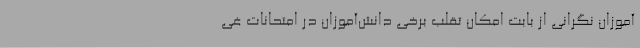
‌آموزان نگرانی از بابت امکان تقلب برخی دانش‌آموزان در امتحانات غی